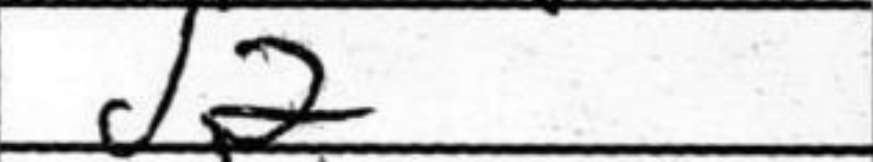
Transcription: d2